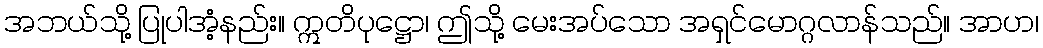
အဘယ်သို့ ပြုပါအံ့နည်း။ ဣတိပုဋ္ဌော၊ ဤသို့ မေးအပ်သော အရှင်မောဂ္ဂလာန်သည်။ အာဟ၊